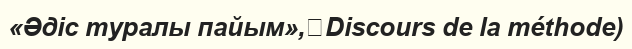
«Әдіс туралы пайым»,（Discours de la méthode)